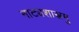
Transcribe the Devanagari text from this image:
नाट्यशास्त्रमु